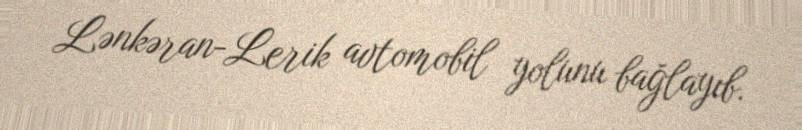
Lənkəran-Lerik avtomobil yolunu bağlayıb.